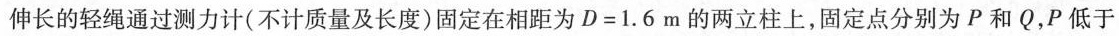
伸长的轻绳通过测力计(不计质量及长度)固定在相距为$$D = 1 . 6 m$$的两立柱上，固定点分别为P和Q，P低于